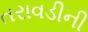
તરાવડીની